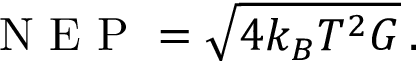
\mathrm { ~ N ~ E ~ P ~ } = \sqrt { 4 k _ { B } T ^ { 2 } G } \, .